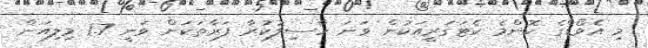
މި އެވޯޑްގެ ކޮންމެ ކެޓަގަރީއަކުން ވަނަ ހާސިލުކުރާ ފަރާތަކަށް ވަނީ 1.7 މިލިއަން